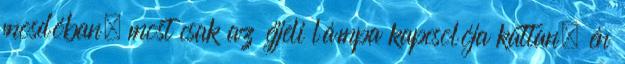
mosdóban, most csak az éjjeli lámpa kapcsolója kattan, én